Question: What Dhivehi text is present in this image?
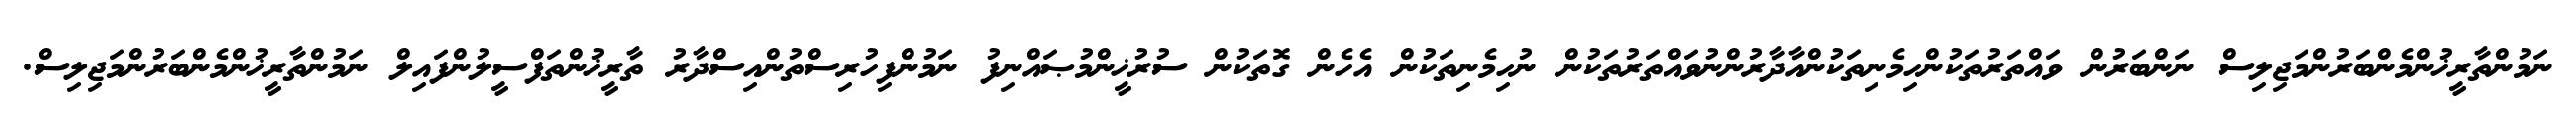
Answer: ނަމުންތާރީޚުންމެންބަރުންމަޖިލިސް ނަންބަރުން ވައްތަރުތަކުންހިމެނިތަކުންއާދާރުންނުވައްތަރުތަކުން ނުހިމެނިތަކުން އެހެން ގޮތަކުން ސުރުޚީންމުޞައްނިފު ނަމުންފިހުރިސްތުންއިސްދާރު ތާރީޚުންތަފްސީލުންފައިލް ނަމުންތާރީޚުންމެންބަރުންމަޖިލިސް.